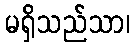
မရှိသည်သာ၊